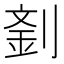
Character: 𠞑